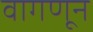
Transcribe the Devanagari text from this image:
वागणून